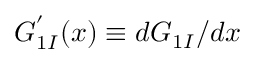
G _ { 1 I } ^ { ' } ( x ) \equiv d G _ { 1 I } / d x